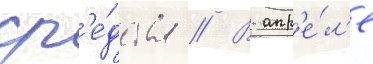
ср'е́дства // В апр'е́л'е